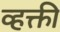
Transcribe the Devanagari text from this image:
व्हक्ती